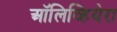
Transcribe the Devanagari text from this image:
ऑलिव्हियेरा